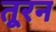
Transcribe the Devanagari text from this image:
तूरन